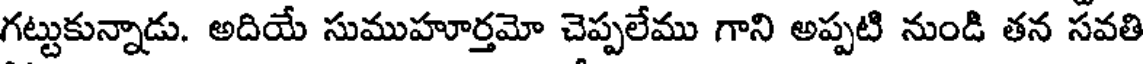
గట్టుకున్నాడు. అదియే సుముహూర్తమో చెప్పలేము గాని అప్పటి నుండి తన సవతి